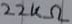
Text: 22KΩ